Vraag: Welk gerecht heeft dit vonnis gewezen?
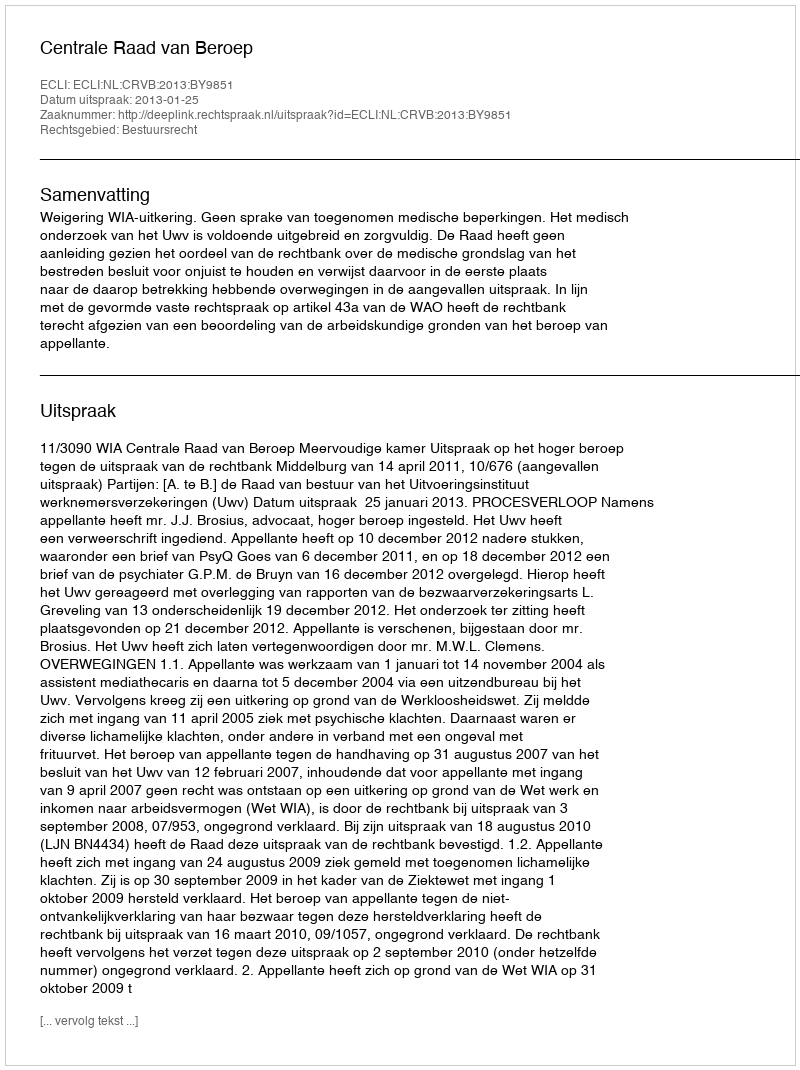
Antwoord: Centrale Raad van Beroep